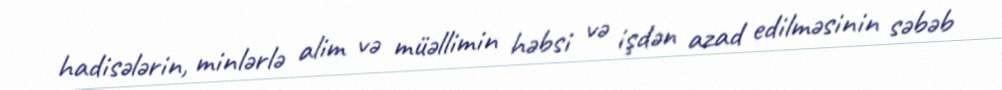
hadisələrin, minlərlə alim və müəllimin həbsi və işdən azad edilməsinin səbəb